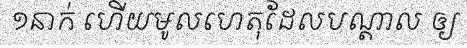
១នាក់ ហើយមូលហេតុដែលបណ្តាល ឲ្យ